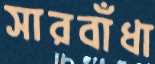
সারবাঁধা